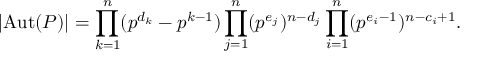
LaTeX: \left| \operatorname { A u t } ( P ) \right| = \prod _ { k = 1 } ^ { n } ( p ^ { d _ { k } } - p ^ { k - 1 } ) \prod _ { j = 1 } ^ { n } ( p ^ { e _ { j } } ) ^ { n - d _ { j } } \prod _ { i = 1 } ^ { n } ( p ^ { e _ { i } - 1 } ) ^ { n - c _ { i } + 1 } .